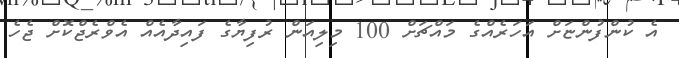
އެ ކުންފުންޏަށް އަހަރެއްގެ މައްޗަށް 100 މިލިއަން ރުފިޔާގެ ފައިދާއެއް އެވްރެޖްކޮށް ޖެހެ